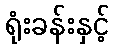
ရုံးခန်းနှင့်